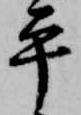
平